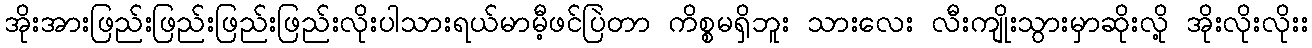
အိုးအားဖြည်းဖြည်းဖြည်းဖြည်းလိုးပါသားရယ်မာမီ့ဖင်ပြဲတာ ကိစ္စမရှိဘူး သားလေး လီးကျိုးသွားမှာဆိုးလို့ အိုးလိုးလိုးး